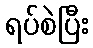
ရပ်စဲပြီး